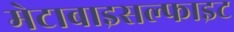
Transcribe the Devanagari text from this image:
मेटाबाइसल्फाइट